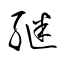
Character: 継